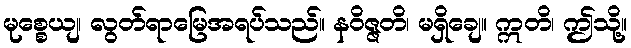
မုစ္စေယျ၊ လွတ်ရာမြေအရပ်သည်။ နဝိဇ္ဇတိ၊ မရှိချေ။ ဣတိ၊ ဤသို့။